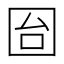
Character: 囼